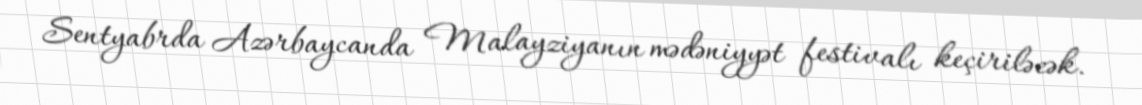
Sentyabrda Azərbaycanda Malayziyanın mədəniyyət festivalı keçiriləcək.